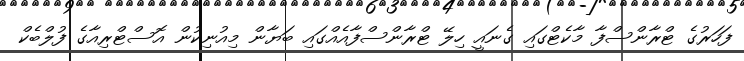
ފަހަރުގެ ޓްރާންސްފާ މާކެޓްގައި ގެނައީ ހިލޭ ޓްރާންސްފާއެއްގައި ބަޔާން މިއުނިކުން އޮސްޓްރިއާގެ ފުލްބެކް